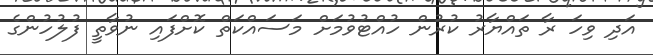
އަދި ވިހަ ރާ ތައްޔާރު ކުރުން ހުއްޓުވުމަށް މަސައްކަތް ކޮށްފައި ނުވާތީ ފުލުހުންގެ